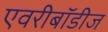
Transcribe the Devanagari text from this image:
एवरीबॉडीज